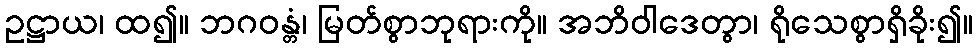
ဥဋ္ဌာယ၊ ထ၍။ ဘဂဝန္တံ၊ မြတ်စွာဘုရားကို။ အဘိဝါဒေတွာ၊ ရိုသေစွာရှိခိုး၍။